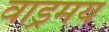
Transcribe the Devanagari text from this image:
वाड्रमय